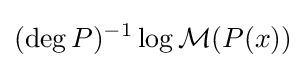
(\deg P)^{-1}\log {\mathcal {M}}(P(x))